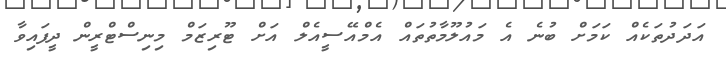
އަދަދުތަކެއް ކަމަށް ބުނެ އެ މައުލޫމާތުތައް އެމްއޭސީއެލް އަށް ޓޫރިޒަމް މިނިސްޓްރީން ދީފައިވާ